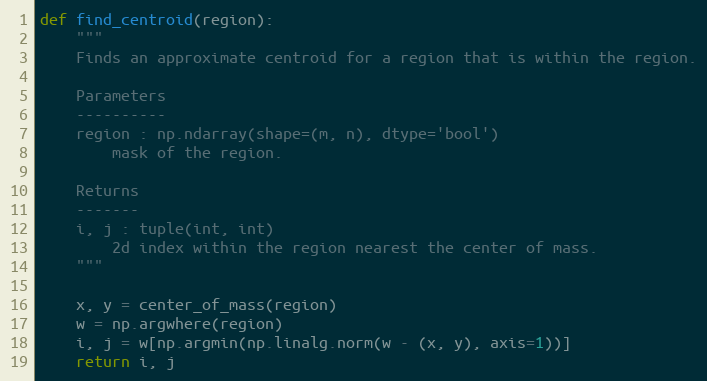
Language: Python
def find_centroid(region):
    """
    Finds an approximate centroid for a region that is within the region.

    Parameters
    ----------
    region : np.ndarray(shape=(m, n), dtype='bool')
        mask of the region.

    Returns
    -------
    i, j : tuple(int, int)
        2d index within the region nearest the center of mass.
    """

    x, y = center_of_mass(region)
    w = np.argwhere(region)
    i, j = w[np.argmin(np.linalg.norm(w - (x, y), axis=1))]
    return i, j